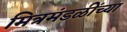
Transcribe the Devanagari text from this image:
मित्रमंडळींच्या